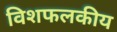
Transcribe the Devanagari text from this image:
विशफलकीय